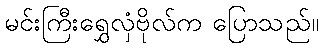
မင်းကြီးရွှေလှံဗိုလ်က ပြောသည်။